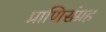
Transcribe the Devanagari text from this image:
प्राणिसंग्रह